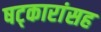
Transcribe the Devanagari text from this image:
षट्कारांसह